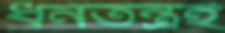
ধনতন্ত্রই